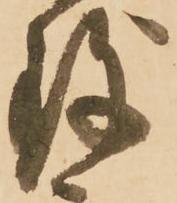
致